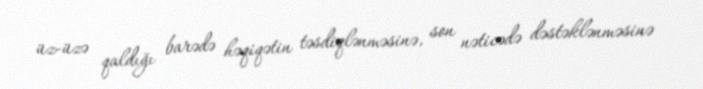
üz-üzə qaldığı barədə həqiqətin təsdiqlənməsinə, son nəticədə dəstəklənməsinə